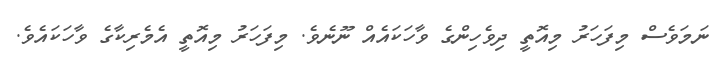
ނަމަވެސް މިފަހަރު މިއޮތީ ދިވެހިންގެ ވާހަކައެއް ނޫނެވެ. މިފަހަރު މިއޮތީ އެމެރިކާގެ ވާހަކައެވެ.